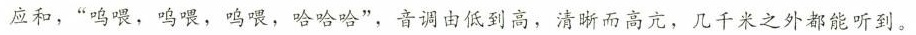
应和，”鸣喂，呜喂，呜喂，哈哈哈”，音调由低到高，清晰而高亢，几千米之外都能听到。